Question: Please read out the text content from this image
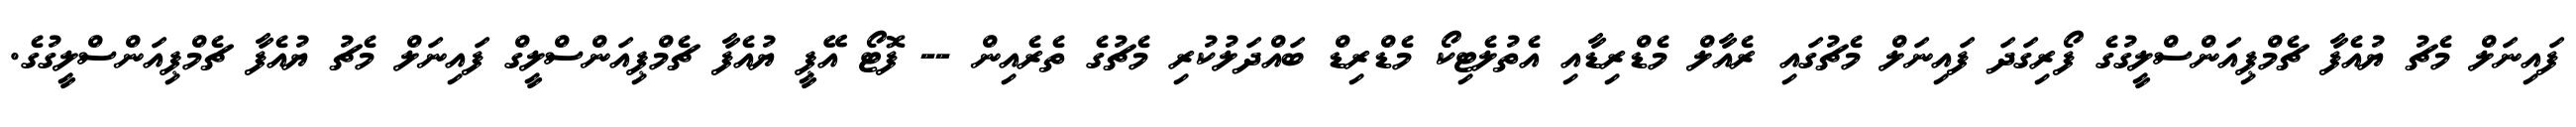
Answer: ފައިނަލް މެޗު ޔުއެފާ ޗެމްޕިއަންސްލީގުގެ ފޯރިގަދަ ފައިނަލް މެޗުގައި ރެއާލް މެޑްރިޑާއި އެތުލެޓިކޯ މެޑްރިޑް ބައްދަލުކުރި މެޗުގެ ތެރެއިން -- ފޮޓޯ އޭޕީ ޔުއެފާ ޗެމްޕިއަންސްލީގް ފައިނަލް މެޗު ޔުއެފާ ޗެމްޕިއަންސްލީގުގެ.